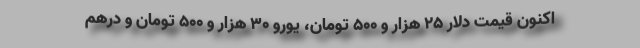
اکنون قیمت دلار 25 هزار و 500 تومان، یورو 30 هزار و 500 تومان و درهم